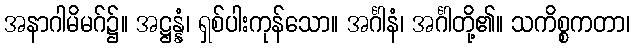
အနာဂါမိမဂ်၌။ အဋ္ဌန္နံ၊ ရှစ်ပါးကုန်သော။ အင်္ဂါနံ၊ အင်္ဂါတို့၏။ သကိစ္စကတာ၊